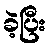
ခဲ့ပြီး